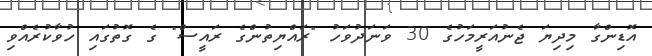
އޮޑިންގާ މިދިޔަ ޖެނުއަރީމަހުގެ 30 ވަނަދުވަހު "ރައްޔިތުންގެ ރައީސް" ގެ ގޮތުގައި ހުވާކުރެއްވި